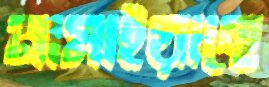
নামাইয়াছে